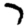
Digit: 7